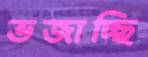
ভজাচ্ছি